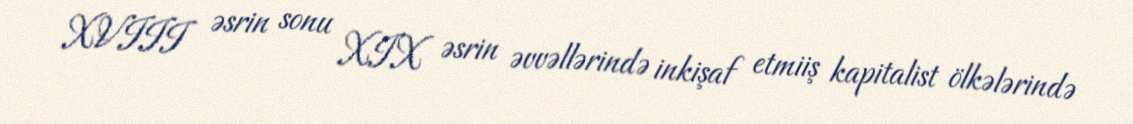
XVIII əsrin sonu XIX əsrin əvvəllərində inkişaf etmiiş kapitalist ölkələrində